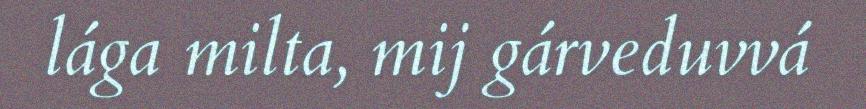
lága milta, mij gárveduvvá